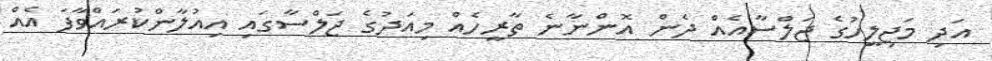
އަދި މަޖިލީހުގެ ޖަލްސާއެއް ދެން އޮންނާނެ ތާރީހެއް މިއަދުގެ ޖަލްސާގައި އިއުލާންކުރައްވާފަ އެއް